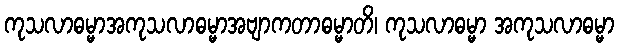
ကုသလာဓမ္မာအကုသလာဓမ္မာအဗျာကတာဓမ္မာတိ၊ ကုသလာဓမ္မာ အကုသလာဓမ္မာ